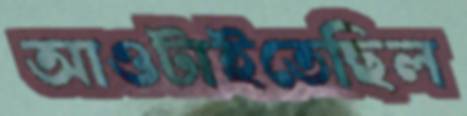
আওটাইতেছিল